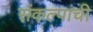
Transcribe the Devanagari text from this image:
संकल्पांची